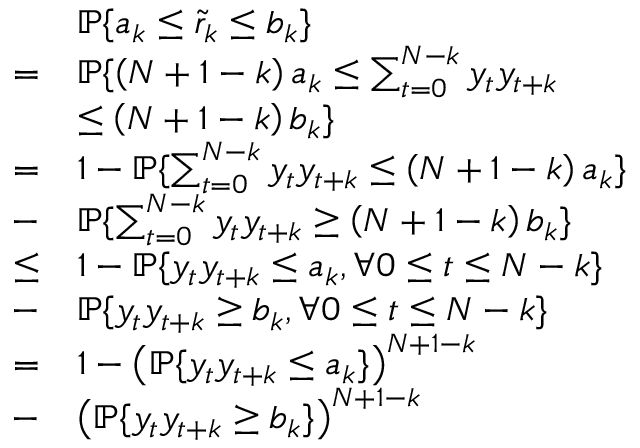
\begin{array} { r l } & { \mathbb { P } \{ a _ { k } \leq \tilde { r } _ { k } \leq b _ { k } \} } \\ { = } & { \mathbb { P } \{ \left( N + 1 - k \right) a _ { k } \leq \sum _ { t = 0 } ^ { N - k } y _ { t } y _ { t + k } } \\ & { \leq \left( N + 1 - k \right) b _ { k } \} } \\ { = } & { 1 - \mathbb { P } \{ \sum _ { t = 0 } ^ { N - k } y _ { t } y _ { t + k } \leq \left( N + 1 - k \right) a _ { k } \} } \\ { - } & { \mathbb { P } \{ \sum _ { t = 0 } ^ { N - k } y _ { t } y _ { t + k } \geq \left( N + 1 - k \right) b _ { k } \} } \\ { \leq } & { 1 - \mathbb { P } \{ y _ { t } y _ { t + k } \leq a _ { k } , \forall 0 \leq t \leq N - k \} } \\ { - } & { \mathbb { P } \{ y _ { t } y _ { t + k } \geq b _ { k } , \forall 0 \leq t \leq N - k \} } \\ { = } & { 1 - \left( \mathbb { P } \{ y _ { t } y _ { t + k } \leq a _ { k } \} \right) ^ { N + 1 - k } } \\ { - } & { \left( \mathbb { P } \{ y _ { t } y _ { t + k } \geq b _ { k } \} \right) ^ { N + 1 - k } } \end{array}